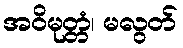
အဝိမုတ္တံ၊ မလွတ်